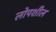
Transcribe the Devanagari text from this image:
लोपशील